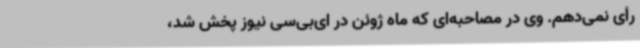
رأی نمی‌دهم. وی در مصاحبه‌ای که ماه ژوئن در ای‌بی‌سی نیوز پخش شد،